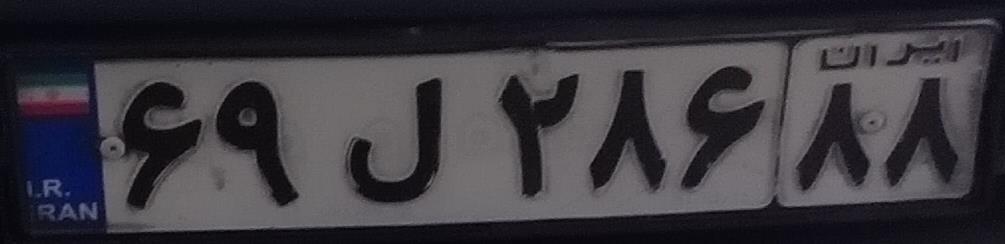
۶۹ل۲۸۶۸۸